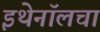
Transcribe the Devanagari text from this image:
इथेनॉलचा